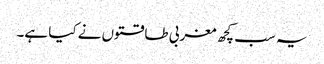
یہ سب کچھ مغربی طاقتوں نے کیا ہے۔